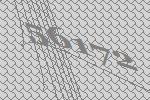
56172